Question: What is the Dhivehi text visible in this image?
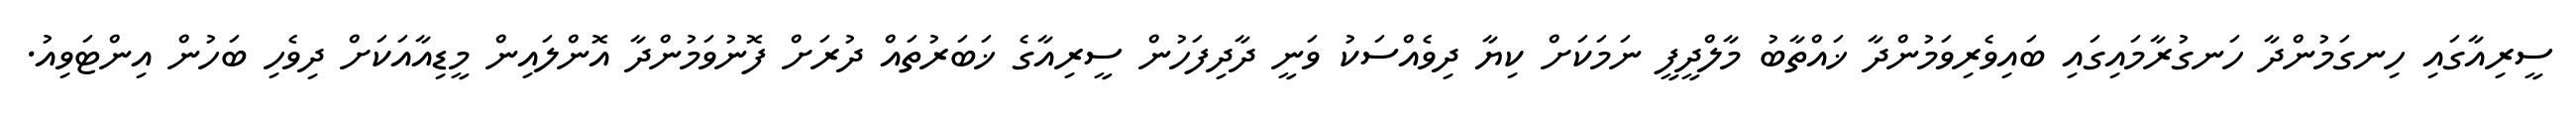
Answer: ސީރިއާގައި ހިނގަމުންދާ ހަނގުރާމައިގައި ބައިވެރިވަމުންދާ ޚައްތާބު މާލްދީފީ ނަމަކަށް ކިޔާ ދިވެއްސަކު ވަނީ ދާދިފަހުން ސީރިއާގެ ޚަބަރުތައް ދުރަށް ފޮނުވަމުންދާ އޮންލައިން މީޑިއާއަކަށް ދިވެހި ބަހުން އިންޓަވިއު.